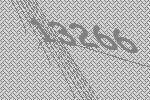
13266